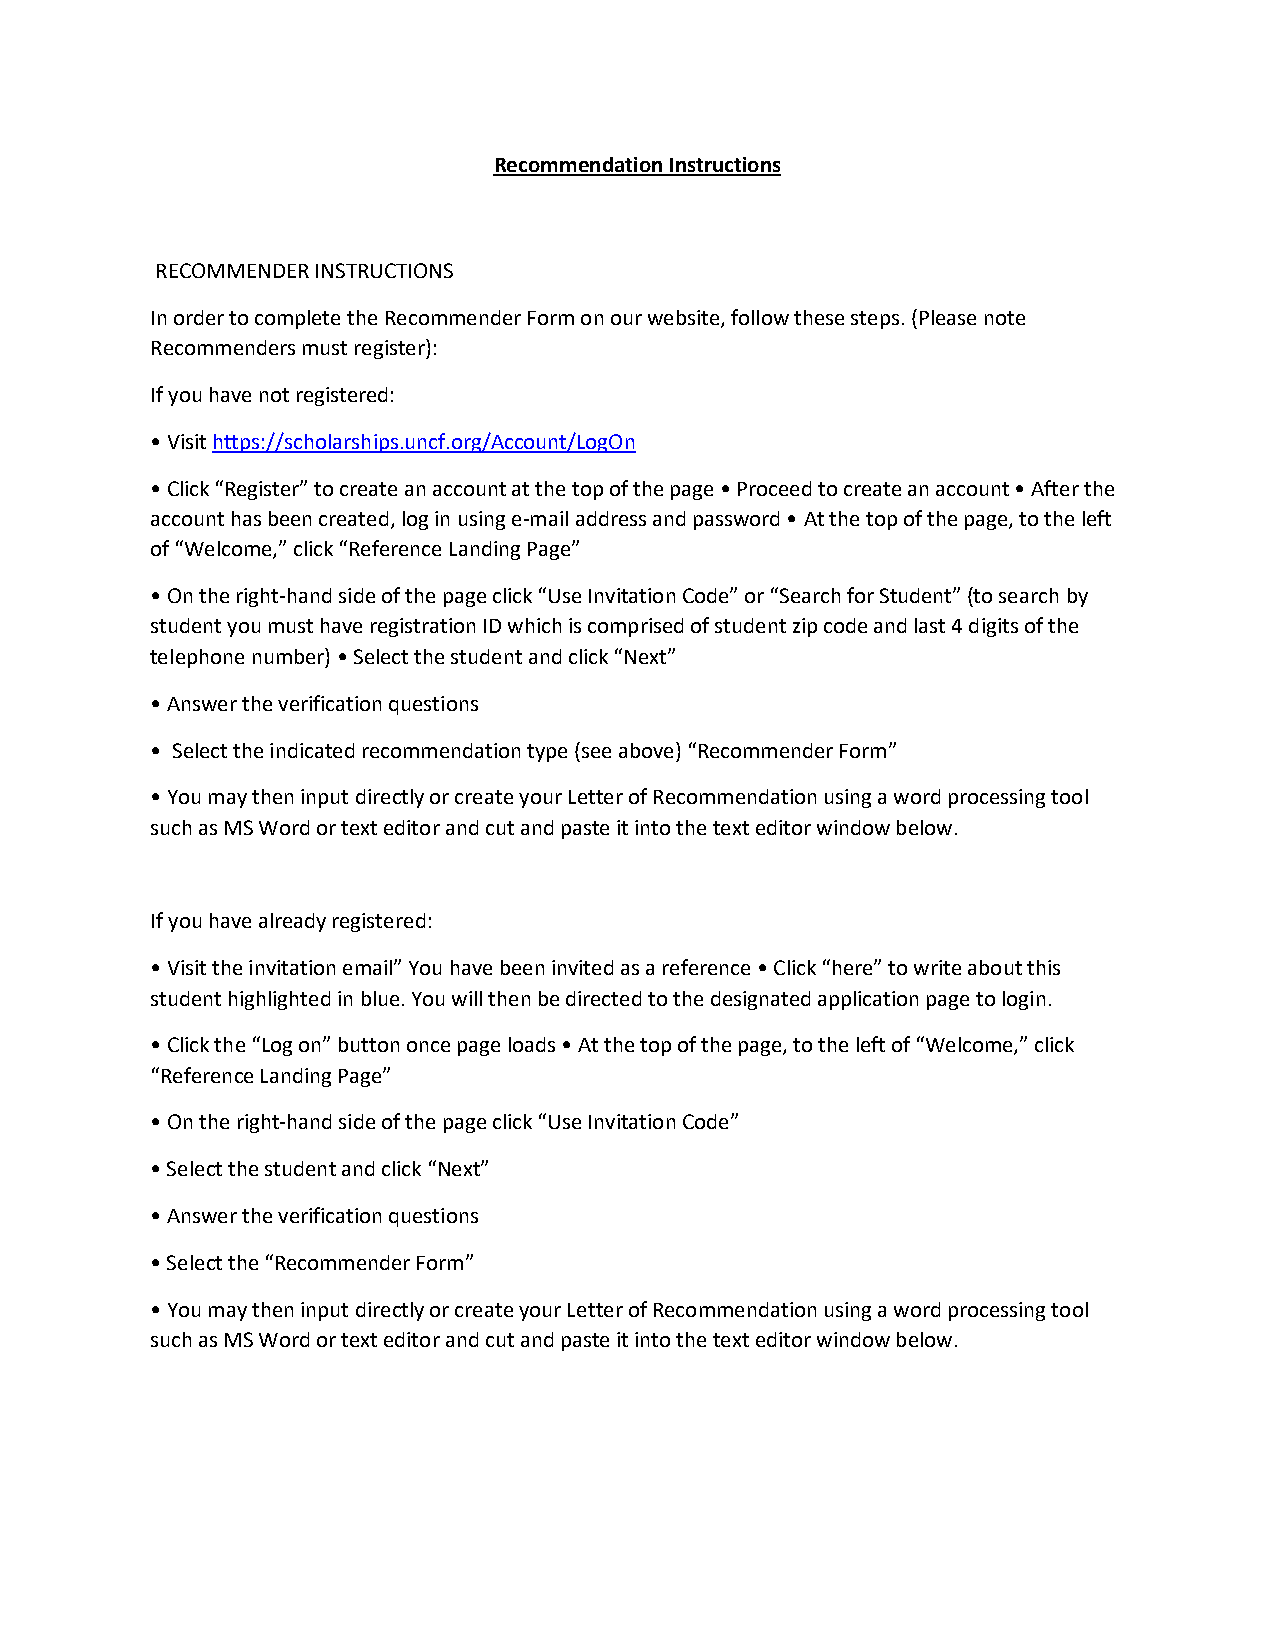
Recommendation Instructions
 RECOMMENDER INSTRUCTIONS
 In order to complete the Recommender Form on our website, follow these steps. (Please note
 Recommenders must register):
 If you have not registered:
 • Visit https://scholarships.uncf.org/Account/LogOn
 • Click “Register” to create an account at the top of the page • Proceed to create an account • After the
 account has been created, log in using e-mail address and password • At the top of the page, to the left
 of “Welcome,” click “Reference Landing Page”
 • On the right-hand side of the page click “Use Invitation Code” or “Search for Student” (to search by
 student you must have registration ID which is comprised of student zip code and last 4 digits of the
 telephone number) • Select the student and click “Next”
 • Answer the verification questions
 • Select the indicated recommendation type (see above) “Recommender Form”
 • You may then input directly or create your Letter of Recommendation using a word processing tool
 such as MS Word or text editor and cut and paste it into the text editor window below.
 If you have already registered:
 • Visit the invitation email” You have been invited as a reference • Click “here” to write about this
 student highlighted in blue. You will then be directed to the designated application page to login.
 • Click the “Log on” button once page loads • At the top of the page, to the left of “Welcome,” click
 “Reference Landing Page”
 • On the right-hand side of the page click “Use Invitation Code”
 • Select the student and click “Next”
 • Answer the verification questions
 • Select the “Recommender Form”
 • You may then input directly or create your Letter of Recommendation using a word processing tool
 such as MS Word or text editor and cut and paste it into the text editor window below.